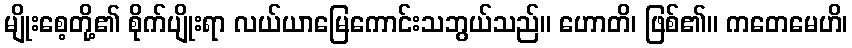
မျိုးစေ့တို့၏ စိုက်ပျိုးရာ လယ်ယာမြေကောင်းသဘွယ်သည်။ ဟောတိ၊ ဖြစ်၏။ ကတေမေဟိ၊